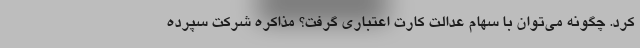
کرد. چگونه می‌توان با سهام عدالت کارت اعتباری گرفت؟ مذاکره شرکت سپرده